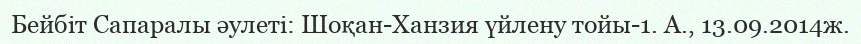
Бейбіт Сапаралы әулеті: Шоқан-Ханзия үйлену тойы-1. А., 13.09.2014ж.